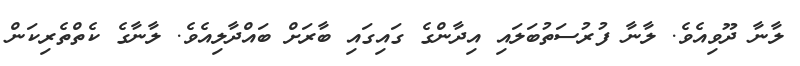
ލާނާ ދޫވިއެވެ. ލާނާ ފުރުސަތުބަލައި އިދާންގެ ގައިގައި ބާރަށް ބައްދާލިއެވެ. ލާނާގެ ކެތްތެރިކަން